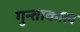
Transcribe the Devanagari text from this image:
गुन्ताकाल